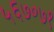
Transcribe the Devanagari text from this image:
५६७०७१